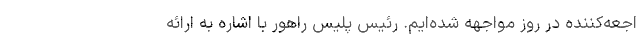
اجعه‌کننده در روز مواجهه شده‌ایم. رئیس پلیس راهور با اشاره به ارائه